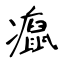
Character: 癙